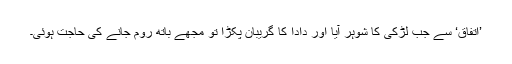
’اتفاق‘ سے جب لڑکی کا شوہر آیا اور دادا کا گریبان پکڑا تو مجھے باتھ روم جانے کی حاجت ہوئی۔